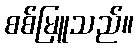
စစ်မြူသည်။